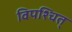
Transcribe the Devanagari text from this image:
विपश्चित्‌